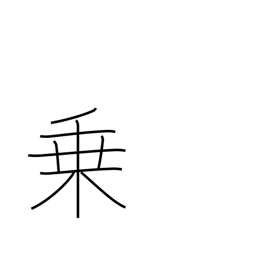
Meaning: power